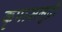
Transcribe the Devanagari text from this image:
कृपासमुद्री